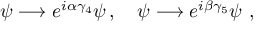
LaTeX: \psi \longrightarrow { e } ^ { i \alpha \gamma _ { 4 } } \psi \, , \quad \psi \longrightarrow { e } ^ { i \beta \gamma _ { 5 } } \psi \ ,